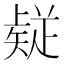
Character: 𭼅